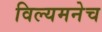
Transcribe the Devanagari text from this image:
विल्यमनेच